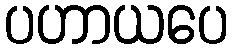
ပဟာယပေ